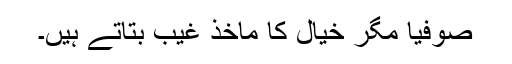
صوفیا مگر خیال کا مآخذ غیب بتاتے ہیں۔